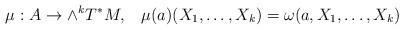
LaTeX: \begin{align*} \mu: A\to \wedge^{k}T^*M,\;\;\; \mu(a)(X_1,\ldots,X_{k})=\omega(a,X_1,\ldots,X_{k})\end{align*}